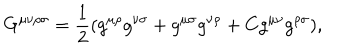
G ^ { \mu \nu \rho \sigma } = { { \frac { 1 } { 2 } } } ( g ^ { \mu \rho } g ^ { \nu \sigma } + g ^ { \mu \sigma } g ^ { \nu \rho } + C g ^ { \mu \nu } g ^ { \rho \sigma } ) ,